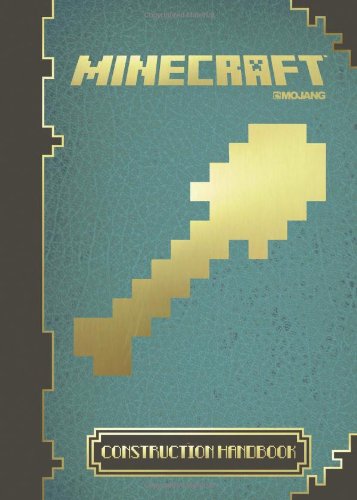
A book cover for Minecraft: The Official Construction Handbook: 4; Humor & Entertainment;